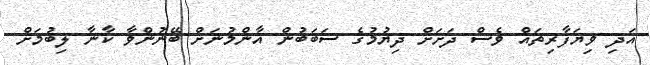
އަދި ވިޔަފާރިތައް ވެސް ދަށަށް ދިޔުމުގެ ސަބަބުން އާންމުނަށް ބޭނުންވާ ކާނާ ލިބުމަށް